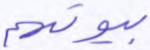
بيوتهم